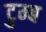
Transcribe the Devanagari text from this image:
टुम्ब